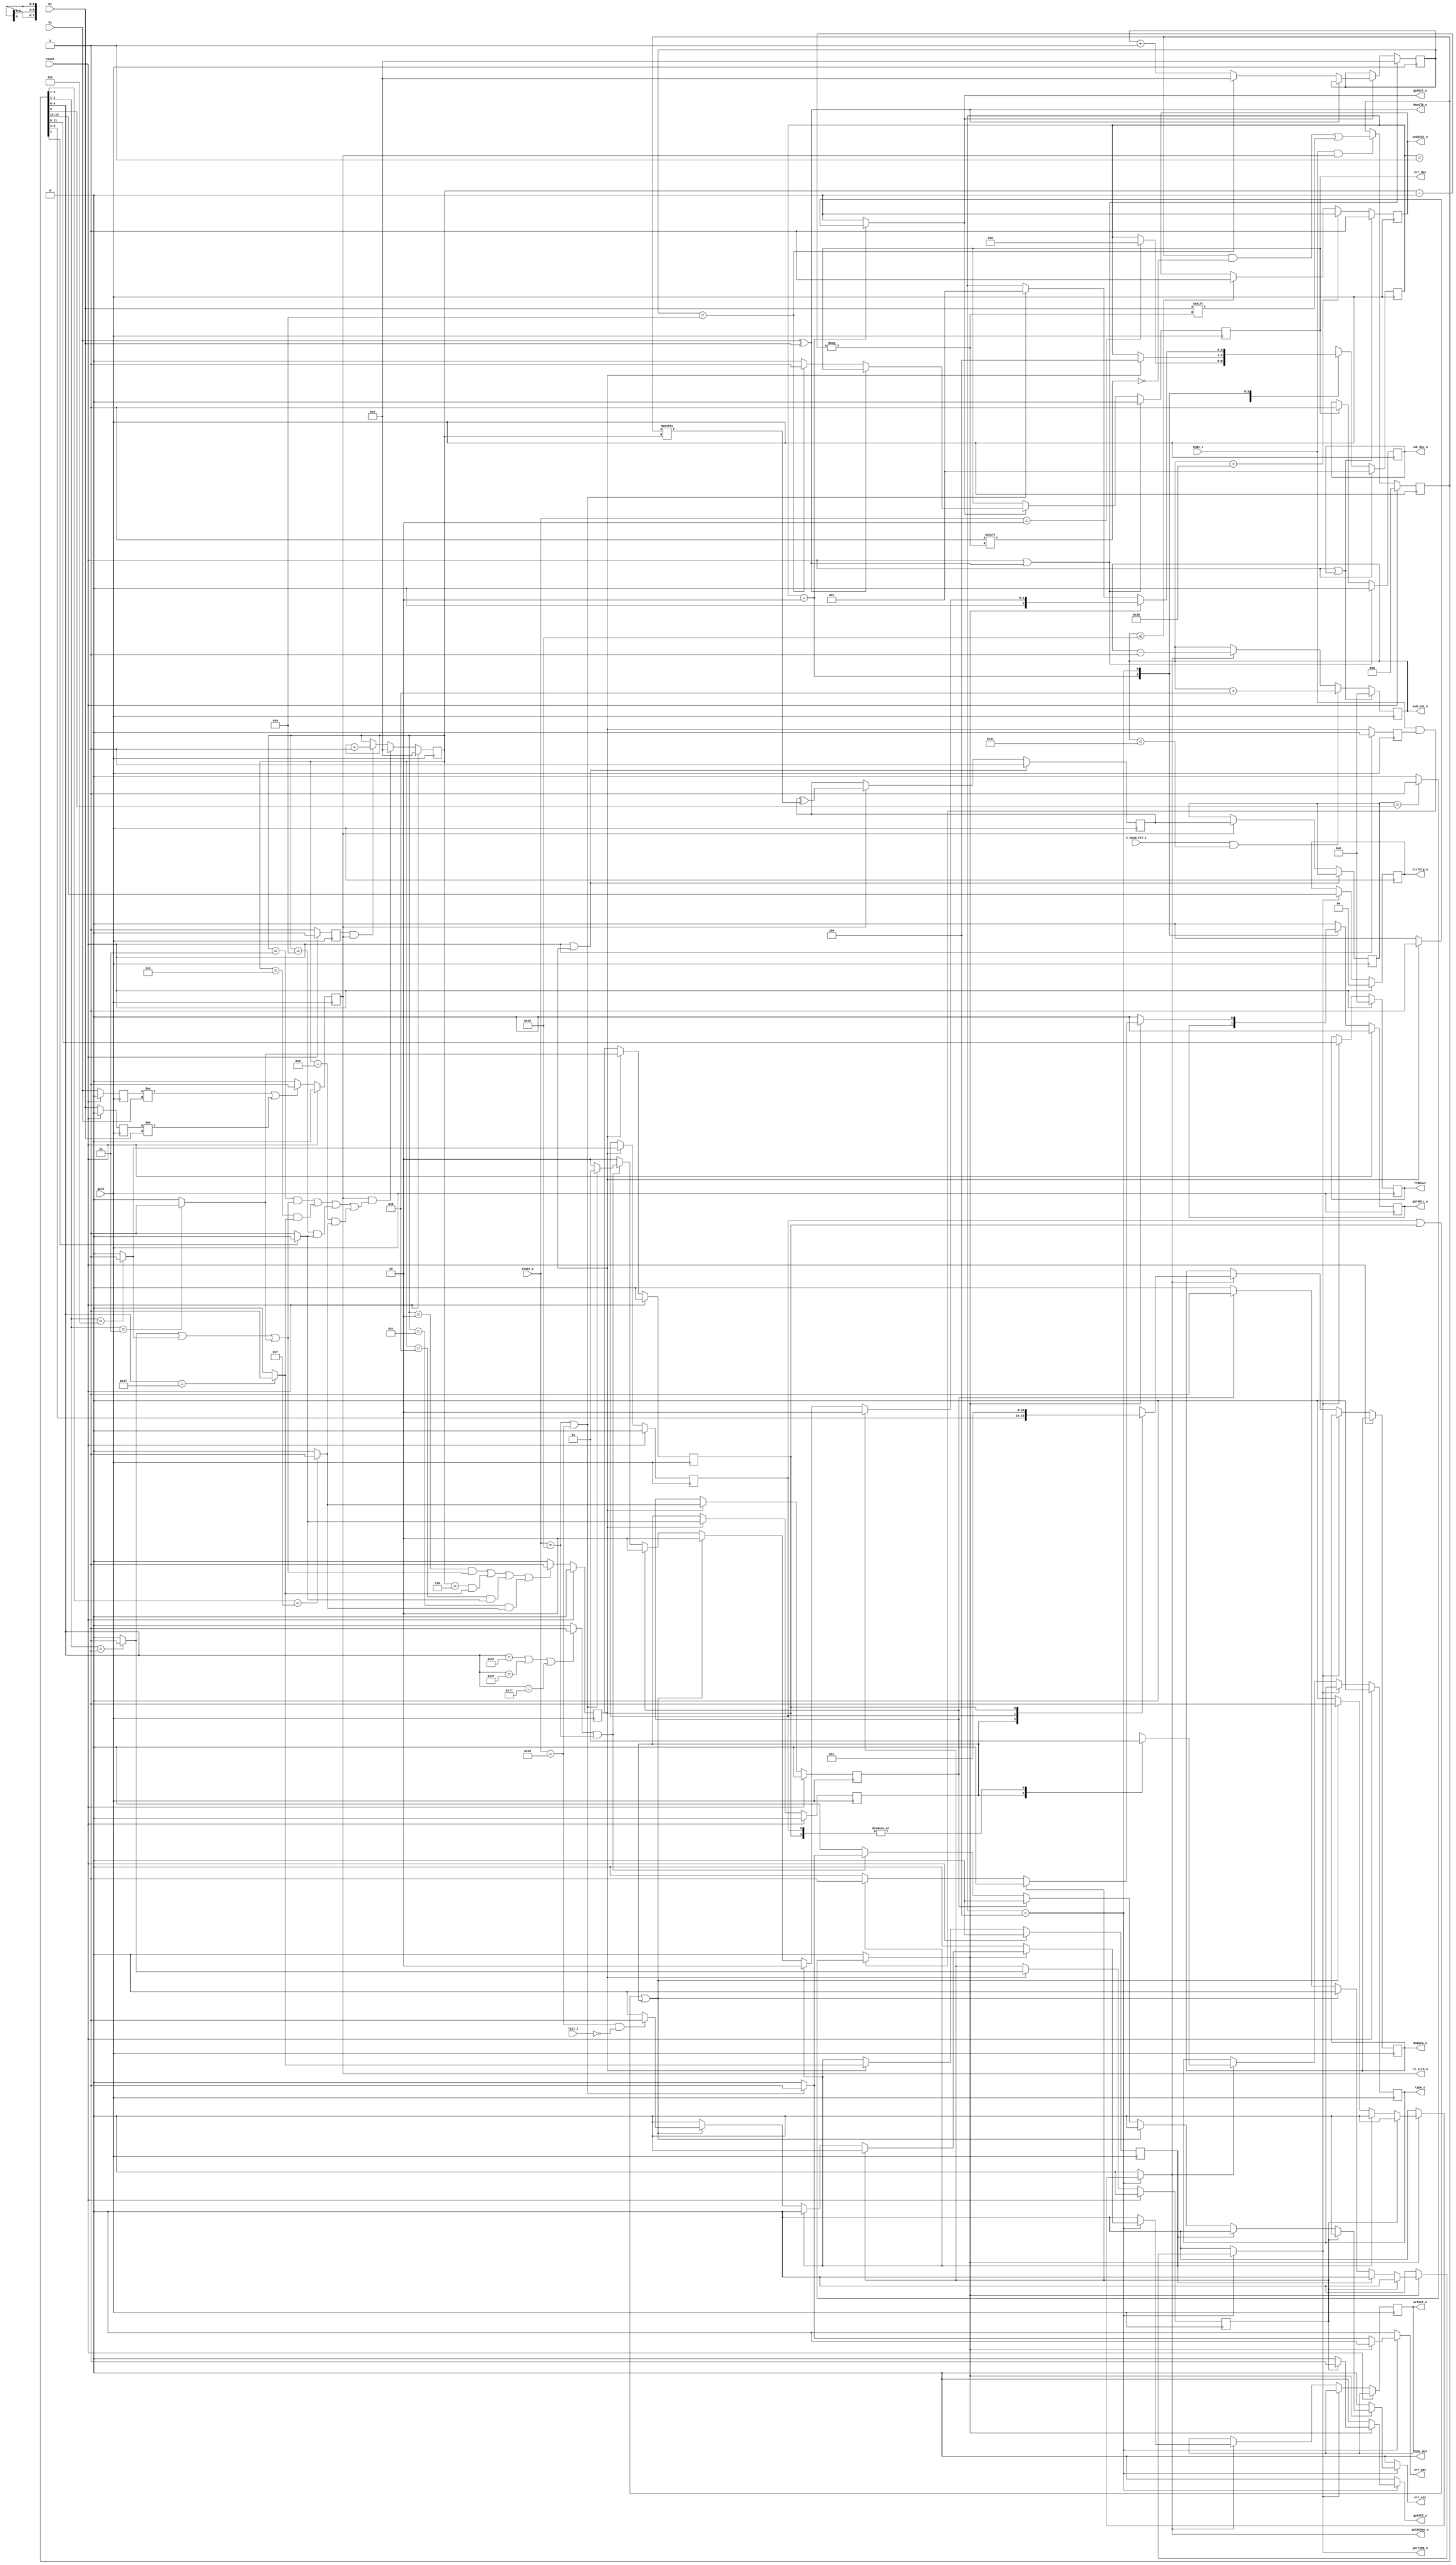
//File name=Module=Receiver  2005-2-18      btltz@mail.china.com    btltz from CASIC  
//Description:   Receiver of the SpaceWire encoder-decoder.    
//Abbreviations: dsc  : disconnect
//Origin:        SpaceWire Std - Draft-1(Clause 8)of ECSS(European Cooperation for Space Standardization),ESTEC,ESA.
//--     TODO:	  make rtl faster
////////////////////////////////////////////////////////////////////////////////////
//
/*synthesis translate off*/
`timescale 1ns/100ps
/*synthesis translate on */
`define gFreq  80
`define ErrorReset  6'b000001
`define ErrorWait   6'b000010
`define Ready       6'b000100
`define Started     6'b001000     
`define Connecting  6'b010000
`define Run         6'b100000
`define reset  1	 // WISHBONE standard reset
`define XIL_DEVICE //if use Xilinx Device
//`define HAS_FIFO_VECTOR_IN
`define HAS_RecCLK_O		//the recovery clock

module Receiver  //#(parameter DW=8)
                (output reg  gotBIT_o,
                             gotFCT_o,                        //Output to Transmitter and/or the FSM(PPU)
                             gotNchar_o,gotTIME_o,gotNULL_o,    //gotNull is a level,others are pulse
//5 receive error outputs.Note the err_sqc is formed in the PPU and err_crd is formed in Tx.Note that these are all "Receiver error".            
                 output reg err_par,err_esc,err_dsc,  //Pulse generated when has err                           
//  output RxErr_o,
                 output [5:0] osd_cnt_o,
					  input Si,Di,  //Input from the LVDS's Receiver
                 input EnRx_i,  //from PPU
//Rx vs. Tx
                 input C_Send_FCT_i,   //for osd_cnt operation 
					  output reg nedsFCT_o,	//need sending FCT to info Tx
//interface to the FIFO
                 output reg wrtbuf_o,
                 output reg type_o,  //0(data) or 1(EOP or EEP)      
                 output reg[7:0] RxData_o,  //8 bit width parallel received data or control flag
                 input full_i,  //Indicate the buffer is ready to write
					  `ifdef HAS_FIFO_VECTOR_IN
                 input[7:0] Vec_Rxfifo, //the number of the vector of the Rx fifo
					  `endif  
//Control and clk output
                 output reg Lnk_dsc_o,
					  `ifdef HAS_RecCLK_O
                 output RecClk_o,   //the clk signal from the "RX clock recovery" unit which had been mergeed to the Receiver
					  `endif  
					  output rx_strb_o,         
//output time interface       
                 output reg TICK_OUT,
                 output reg [1:0] CtrlFlg_o, //two-bit control flag output.Reserved for future use.
                 output reg [5:0] TIMEout,    
//global signal input
                 input[5:0] state_i,
                 input reset,   //this reset is from the CODEC FSM(the PPU)
                 input gclk /* synthesis syn_isclock = 1 */
                 );
         //At a link data signalling rate of 10 Mb/s the establish of linking can take just	2 s.
               parameter StateNum =3;
               parameter RESET         = 3'b001;
               parameter HUNTING       = 3'b010;               
               parameter CHECK_CHAR    = 3'b100;
               parameter DEFLT = 'bx;

     parameter CrdCntW = 6;     //"hold a maximum credit count of 56" for 7 FCTs
     parameter RCVW = 14;       //width of the receiver internal register  
	  parameter NUM_NES_FCT = 16;//osd_cnt number that indicate Rx buf has enough space and Tx need to send FCT.For better performence,this parameter may be changed 
	  parameter True = 1;
     parameter False = 0;
   //Control characters.Go with a parity bit as their prefix(LSB).
     parameter FCT  = 3'b001, ESC  = 3'b111,   //"L-Char":Link-characters. 
               EOP  = 3'b101, EEP  = 3'b011;   //or Data-Char are all "N-Char":Normal-characters
     parameter NULL      = 7'b0010_111;
	  parameter isESC_EEP = 7'b0110_111,
	            isESC_EOP = 7'b1010_111,
	            isESC_ESC = 7'b1110_111;
     parameter TIME_PATTERN = 5'b01111; //Go with a parity bit before and 8 bits time value from LSB 2 MSB after
     parameter NUM_DSC = 9;

reg [RCVW-1:0] rereg;  //posthouse,is the front end of the Rx to receive signal ceaselessly;
              // P /Flag/...data .../
//reg rereg1;  //Trace of the rereg[1]


reg [3:0] mccnt;
reg scover_pre;  //overflow of the model control counter	  
reg scover; //1 clk later
//reg err_dsc;  //disconnect err.When no new data bit is received within a link disconnect timeoutwindow (850 ns)

reg p;  //register for parity generate
reg p_1;//keep the result of the Parity Generate  
//reg C_ParCheck;

reg [5:0] osd_cnt;   //count of the number of outstanding N-Chars it expects to receive
                  //Max(6bits) = 64,so crd_cnt[max] = 56 
assign  osd_cnt_o = osd_cnt;
reg CcTIME,CcNchar;       //command to collect time/Nchar from rereg for send
reg wrtbuf_itl;	//wire in true
reg [StateNum-1:0] state,next_state/*synthesis syn_encoding="safe,onehot"*/;

wire isTIME= (rereg[5:1]==TIME_PATTERN) ?   1'b1  :  1'b0;	
wire isEOP =  (rereg[3:1]==EOP ) ?  1'b1  :  1'b0;
wire isEEP =  (rereg[3:1]==EEP ) ?  1'b1  :  1'b0;
wire isFCT =  (rereg[3:1]==FCT ) ?  1'b1  :  1'b0;
wire isDATA = (rereg[1]==0)      ?  1'b1  :  1'b0;
wire isNULL    = (rereg[6:0]==NULL) ?  1'b1  :  1'b0; //quik combinatorial output for "mccnt" operation
wire isESC_ERR = (rereg[6:0]==isESC_EOP 
                ||rereg[6:0]==isESC_EEP
					 ||rereg[6:0]==isESC_ESC ) ?  1'b1  :  1'b0;
reg    isNULL_1,
       isEOP_1,
       isEEP_1,
       isFCT_1,
       isDATA_1,
       isTIME_1;    

//wire pre_par_ok = (p==rereg[0])  ?  1'b1  :  1'b0; 

//..............................................................................
///////////////////////
// Rx clk recovery:    
//    Provides all the clock signals used by the receiver with the exception of the local clock signal use
//         for disconnect timeout.
//    Note that the "Si" and "Di" are all SYNchronoused to avoid the metastable
//   	     in FPGA so they are all orderly now !!!
reg strobe;
reg Si1,Di1;
wire RecClk = Si ^ Di;  //1 XOR
assign RecClk_o = RecClk;

always @(posedge gclk)
if(reset)
  {strobe,Si1,Di1} <= 0;
else 
  begin
  Si1 <= Si;
  Di1 <= Di;
  strobe <= 0;
  if( (Si1 != Si) 			//   XOR 
     || (Di1 != Di) )		//			\ OR---> strobe  
  strobe <= 1'b1;				//	  	   /
      							//	  XOR
  end

assign rx_strb_o = strobe;

// wire LocalRx_err = err_dsc || err_esc || err_par;   


//////////////////////
// Receive data 
//    and take that
always @(posedge  gclk )  //As long as RecCLK presences,store the received scan beam to the temp reg "rereg"
begin
 if(reset)   
   rereg <= 0;   
 else if(EnRx_i && strobe)
   begin
   rereg[mccnt] <= Di;
   // rereg1 <= rereg[1];   
   end
end

////////////////////////////////////////////////////////
//Parity Gen
//    and parity okey

//The new received parity bit is ready when scover==1 and is
//  reposited in rereg[0]
//The local generated p is ready when "CHECK_CHAR"
assign par_ok = (EnRx_i==1 && scover==1)  ? (p_1==rereg[0] ? 1 :0 ) :  0 ;
					         //Preliminary Check
always @(posedge gclk)
if(reset || scover_pre)
  p <= 1'b1;           //when scover_pre,refresh p,and the local parity result is stored in p_1
else if(strobe==True)
  begin
     p <= p ^ rereg[mccnt];
     p_1 <= p;  
  end      

//////////////////////
// osd_cnt assignment
//	 
always @(posedge gclk)
begin
   if(reset || Lnk_dsc_o)
   begin
	  nedsFCT_o <= 1;
	  osd_cnt <= 0;		  //After a link reset or after a link disconnect, the initial value of the outstanding
                         //count shall be zero. Means that the transmitter need to 
   end
	else begin
	     if(osd_cnt>48) 
		    nedsFCT_o <= 1'b0;      //level
        else	if(osd_cnt <= NUM_NES_FCT)
		    nedsFCT_o <= 1'b1;      //This event start the Tx to send FCTs
	     
		  if(C_Send_FCT_i &&(osd_cnt < 49) )   //osd_cnt[max] <= 56  because 56+8>63   
        osd_cnt <= osd_cnt + 8;               
        else if(gotNchar_o)	               //decrement by one each time an N-Char is received
        osd_cnt <= osd_cnt - 1;
		  end
end

//////////////////////////////////////
//RECEIVE model control counter
// for receive operation control
reg start_mccnt;

always @(posedge gclk)
if(reset) //reset from PPU when global reset or state_i==`ErrorReset
  {scover_pre,scover,mccnt,start_mccnt} <= 0;
else 
   begin
     scover_pre <= 0;
     scover <= scover_pre;  //scover is the real overflow of "mccnt"
      if( (mccnt==2)&&( isFCT ||isEOP || isEEP ) 
         || (mccnt==6)&&( isNULL )//scover_pre is 1 clock earlier than the real overflow of the "mccnt"
         || (mccnt==8)&&( isDATA )//to quikly indicate that data in "rereg" is ready to check
         || (mccnt==12)&&( isTIME )  )
         
         scover_pre <= 1;

     start_mccnt <= 1;  //start_mccnt is 1 clock latency so "mccnt" can count as a normal counter and "0" indicates a data
     if( strobe &&
	      ( (mccnt==3)&&( isFCT ||isEOP || isEEP ) 
         || (mccnt==7)&&( isNULL )
         || (mccnt==9)&&( isDATA )
         || (mccnt==13)&&( isTIME )  )
		 )
        
          mccnt <= 0;       
     else if(start_mccnt && strobe)
       mccnt <= mccnt + 1'b1;
   end

   ///////////////////////////////////////////////////////
  //err_dsc  Generate      //when the length of time since the last transition on the D or S lines was
 //                       // longer than 850 ns nominal
////////////////////////////////////////////////////////
//If the disconnect error occurs in the Run state then the disconnect error shall
//be flagged up to the network level as a link error

reg[3:0] edcnt; //850ns = 8.5 * 100ns, so max = 9. (error_disconnect counter)
wire rst_edcnt = reset || RecClk;
always @(posedge gclk)
if(rst_edcnt)  //if Rec2CLK is high,clear "edcnt"
  {edcnt,err_dsc} <= 0;
else if(gotBIT_o==True)
     begin
	  if(!RecClk)     //if Rec2CLK is low,increase the edcnt. If there is signal at D or S,Rec2CLK must appear!
      begin
       err_dsc <= 1'b0;
       if(edcnt==NUM_DSC)
   	  begin
	     err_dsc <= 1'b1;  //if disconnect,pulse periodically
		  edcnt <= 0;
         end
	     else
	     edcnt <= edcnt + 1'b1;
      end
	  end

always @(posedge gclk)
if(rst_edcnt)
  Lnk_dsc_o <= 0;	  //Lnk_dsc_o is a lecel corresponds to the "err_dsc"
else if(err_dsc)
  Lnk_dsc_o <= 1;

///////////////////////////////////////////////
//Register the data pattern identificate result
//
always @(posedge gclk)
if(reset)
  { isNULL_1, isEOP_1, isEEP_1, isFCT_1, isDATA_1, isTIME_1 } <= 0;
else if(scover_pre)
   { isNULL_1, isEOP_1, isEEP_1, isFCT_1, isDATA_1, isTIME_1  } 
<= { isNULL,   isEOP,   isEEP,   isFCT,   isDATA,   isTIME  };

///////////////////////////////////////////////
//Output Time and N_Char(data/EOP/EEP)
//
always @(posedge gclk)  //if Rec2CLK die,use system clk to write.
if(reset)
  {CtrlFlg_o,TIMEout,type_o} <= 0;  
else if (CcTIME==True)
         begin
            CtrlFlg_o <= rereg[13:12];   
            TIMEout <= rereg[11:6];
         end
else if (CcNchar==True)
        begin	
		      wrtbuf_o <= wrtbuf_itl;
            case (1'b1) /* synthesis parallel_case */	              
             isDATA_1 :  begin
       			          type_o <= 0;  //flag == 0
       			          RxData_o <= rereg[9:2];
       			          end
             isEOP_1  :  begin
       				       type_o <= 1;
       				       RxData_o <= 8'b0000_0000;//flag==1 xxxxxxx0 (use 00000000) EOP
        				       end
             isEEP_1  :	//remote EEP
       				       begin
       				       type_o <= 1;
       				       RxData_o <= 8'b0000_0001;//flag==1 xxxxxxx1 (use 00000001) EEP
       				       end               
               default : begin
					            type_o <= 'bx;
									RxData_o <= 'bx;
                         end
             endcase
		 end
/////////////////////////
// control FSM
//
reg gotNULL_itl;  //a wire that has the value of gotNULL_o
always @(posedge gclk)
if(reset==`reset)
    begin
    state <= RESET;   //Initialized state
	 gotNULL_o <= 1'b0;
	 end		   
else 
   begin
     state <= next_state;
     
     gotNULL_o <= gotNULL_itl; //register the gotNULL_itl
   end
//------ next_state assignment
always @(*)
begin:NEXT_ASSIGN
  //Default Values for FSM outputs:
    gotBIT_o  = 1'b0;
    gotTIME_o = 1'b0;
    gotFCT_o  = 1'b0;
    gotNchar_o = 1'b0;  
    gotNULL_itl  = 1'b0;  //gotNULL_o is a level output
    TICK_OUT = 1'b0;
   // C_ParCheck = 1'b0;
    CcTIME = 1'b0;
    CcNchar = 1'b0;
    err_par = 1'b0;
	 err_esc = 1'b0;
    wrtbuf_itl = 1'b0; 
  //Use "Default next_state" style ->
    next_state = state;
      case(state)   /* synthesis parallel_case */
  RESET        :  begin
                    if(state_i==`ErrorWait)
                       next_state = HUNTING;
                  end
  HUNTING      :  begin  //Stay state. //common because the first parity bit is 0,so Si must jump high first
                    gotNULL_itl = gotNULL_o;  //keep a level
                    if(scover_pre) 
                      begin                      
                        gotBIT_o = 1'b1;  //pulse 
                        next_state = CHECK_CHAR;                        
                      end                      
                  end                  
  CHECK_CHAR   :  begin //Temporary state 
                    if(par_ok)
                    begin  
                       next_state = HUNTING;                             
                       if(isFCT_1)
                       gotFCT_o = 1;  //4 bit FCT                                                
                       else if(isNULL_1)   //8 bit NULL
                          begin
                          gotNULL_itl = 1'b1;   //gotNull is a level                           
                          end   
                       else if( isEOP_1 || isEEP_1 || isDATA_1 ) 
                          begin
								  gotNchar_o = 1;  // 10bit data or 4bit EOP/EEP (are all Nchar)                                               
								  CcNchar = 1'b1;  //Command to collect Normal character
								  if(state_i==`Run && !full_i)
								  wrtbuf_itl = 1;      	                            
                          end         
                       else if(isTIME_1) 
                          begin
                          gotTIME_o = 1;  //inform the PPU
								  CcTIME = 1'b1; //Command to collect Time
                          if(state==`Run)  
								  TICK_OUT = 1;  
                          end 
                       else if(isESC_ERR && state_i==`Connecting)
							     begin
								    if(state_i==`Connecting || state_i==`Run) //after	the first NULL is received.
								    begin
								    err_esc = 1'b1;
								    next_state = RESET;
								    end
								  end
							end                       
                    else  //if the preliminary parity bit check is wrong 		
							  if(state_i==`Connecting || state_i==`Run)
							  begin
							  err_par = 1'b1;	//Parity detection shall be enabled whenever the receiver is enabled after the first NULL is received.
//If the parity error occurs in the Run state then the parity error shall be flagged up to the  Network Level as a "link error"                      
							  next_state = RESET;
							  end
                    end	
    default    :    next_state = DEFLT;
   endcase
end //end combinatorial block "NEXT_ASSIGN"


/*
function[RCVW-1:0] rcv_allocate;  //mux instead LSR  
input din;
input [3:0] sel;
begin
   rcv_allocate =0; 
  case(sel)
    4'd0  :  rcv_allocate[0] = din;
	 4'd1  :  rcv_allocate[1] = din;
	 4'd2  :  rcv_allocate[2] = din;
	 4'd3  :  rcv_allocate[3] = din;
	 4'd4  :  rcv_allocate[3] = din;
	 4'd5  :  rcv_allocate[5] = din;
	 4'd6  :  rcv_allocate[6] = din;
	 4'd7  :  rcv_allocate[7] = din;
	 4'd8  :  rcv_allocate[8] = din;
	 4'd9  :  rcv_allocate[9] = din;
	 4'd10 :  rcv_allocate[10] = din;
	 4'd11 :  rcv_allocate[11] = din;
	 4'd12  :  rcv_allocate[12] = din;
	 4'd13  :  rcv_allocate[13] = din;
	 default : rcv_allocate = 'bx;
  endcase
 
end
endfunction	*/

//...................................................................................

endmodule
`undef ErrorReset 
`undef ErrorWait  
`undef Ready      
`undef Started     
`undef Connecting  
`undef Run         
`undef reset  	 
`undef XIL_DEVICE